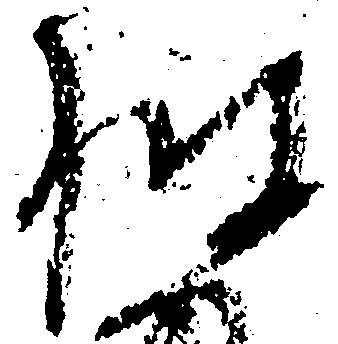
披